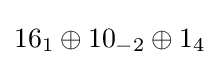
16_{1}\oplus 10_{-2}\oplus 1_{4}